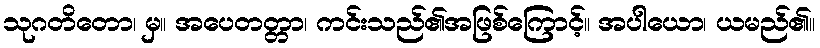
သုဂတိတော၊ မှ။ အပေတတ္တာ၊ ကင်းသည်၏အဖြစ်ကြောင့်။ အပါယော၊ ယမည်၏။